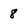
Character: 8